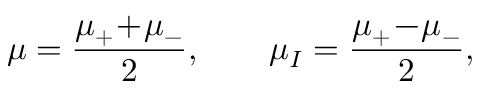
\mu = \frac { \mu _ { + } \! + \! \mu _ { - } } { 2 } , \qquad \mu _ { I } = \frac { \mu _ { + } \! - \! \mu _ { - } } { 2 } ,